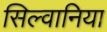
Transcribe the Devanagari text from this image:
सिल्वानिया